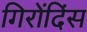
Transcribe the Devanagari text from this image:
गिरोंदिंस